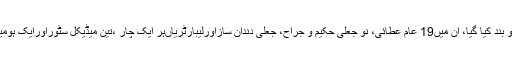
جن عطائیوں کے اڈوں کو بند کیا گیا، ان میں19 عام عطائی، نو جعلی حکیم و جراح، جعلی دندان سازاورلیبارٹریاںہر ایک چار ،تین میڈیکل سٹوراورایک ہومیوپیتھک ڈاکٹر شامل ہے۔